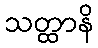
သတ္ထာနိ